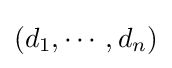
(d_{1},\cdots ,d_{n})